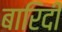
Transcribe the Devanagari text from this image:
बारिदी